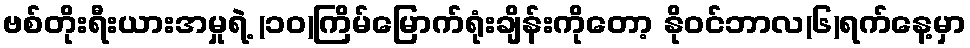
ဗစ်တိုးရီးယားအမှုရဲ့ (၁၀)ကြိမ်မြောက်ရုံးချိန်းကိုတော့ နိုဝင်ဘာလ(၆)ရက်နေ့မှာ